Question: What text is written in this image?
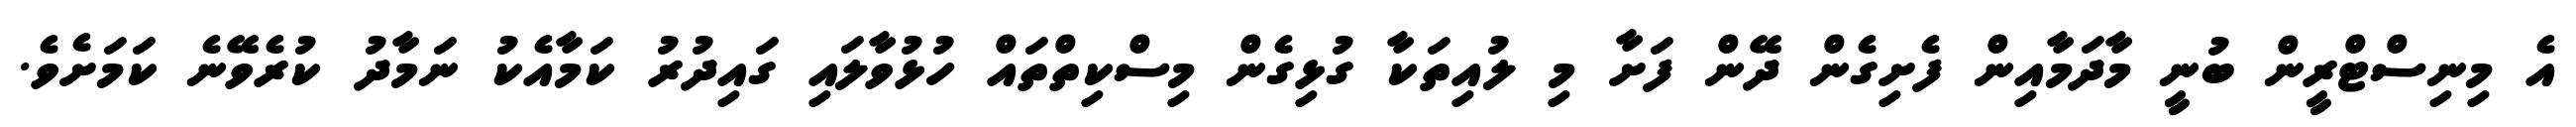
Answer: އެ މިނިސްޓްރީން ބުނީ މާދަމާއިން ފެށިގެން ދޭން ފަށާ މި ލުއިތަކާ ގުޅިގެން މިސްކިތްތައް ހުޅުވާލައި ގައިދުރު ކަމާއެކު ނަމާދު ކުރެވޭނެ ކަމަށެވެ.